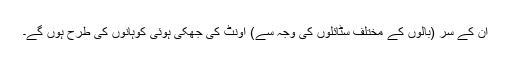
ان کے سر (بالوں کے مختلف سٹائلوں کی وجہ سے) اونٹ کی جھکی ہوئی کوہانوں کی طرح ہوں گے۔